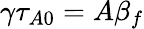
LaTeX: \gamma\tau_{A0}=A\beta_{f}